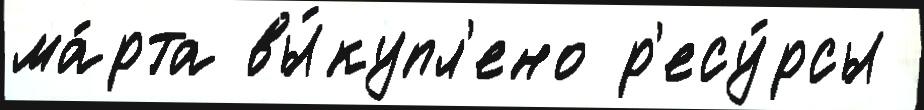
ма́рта вы́купл'ено р'есу́рсы